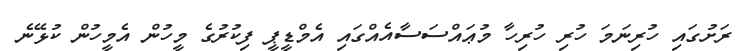
ރަށުގައި ހުރިނަމަ ހުރި ހުރިހާ މުޢައްސަަސާއެއްގައި އެމްޑީޕީ ފިކުރުގެ މީހުން އެމީހުން ކުޅޭނެ